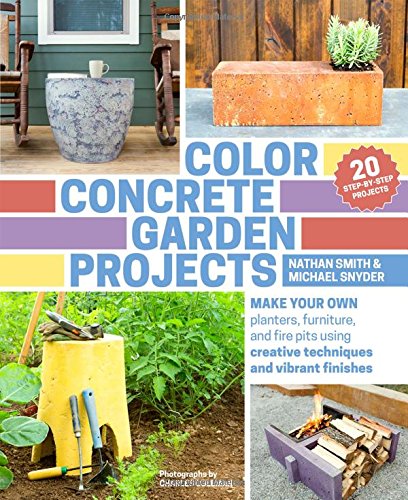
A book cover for Color Concrete Garden Projects: Make Your Own Planters, Furniture, and Fire Pits Using Creative Techniques and Vibrant Finishes; Nathan Smith; Crafts, Hobbies & Home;